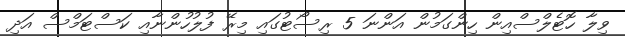
ވިލާ ހޮޓެލްސްއިން ހިންގަމުން އަންނަ 5 ރިސޯޓުގައި މިރޭ ފުލުހުންނާއި ކަސްޓަމްސް އަދި